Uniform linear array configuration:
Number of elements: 48
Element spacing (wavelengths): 0.75
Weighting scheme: binomial
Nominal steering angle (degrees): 60
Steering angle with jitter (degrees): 61.289
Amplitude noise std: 0.05
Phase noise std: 0.05

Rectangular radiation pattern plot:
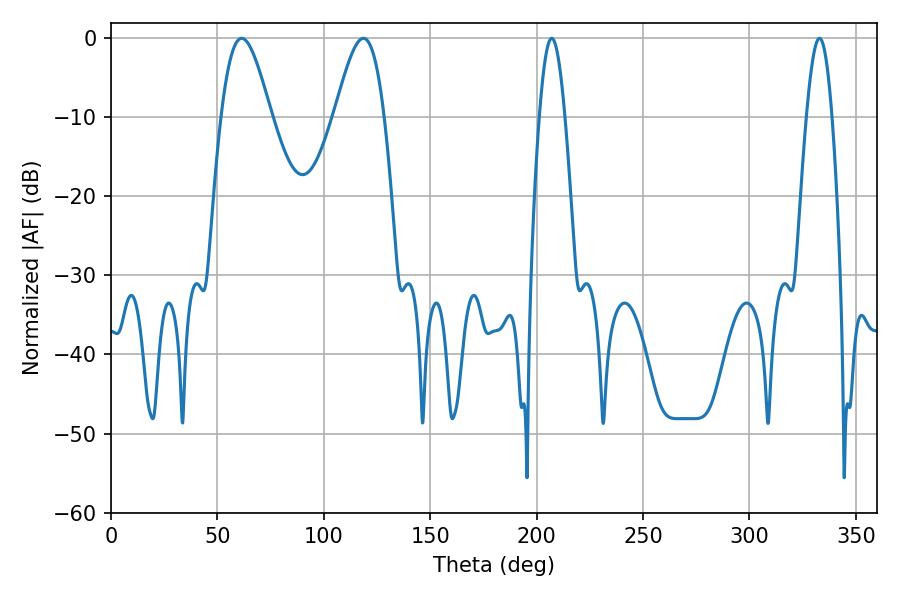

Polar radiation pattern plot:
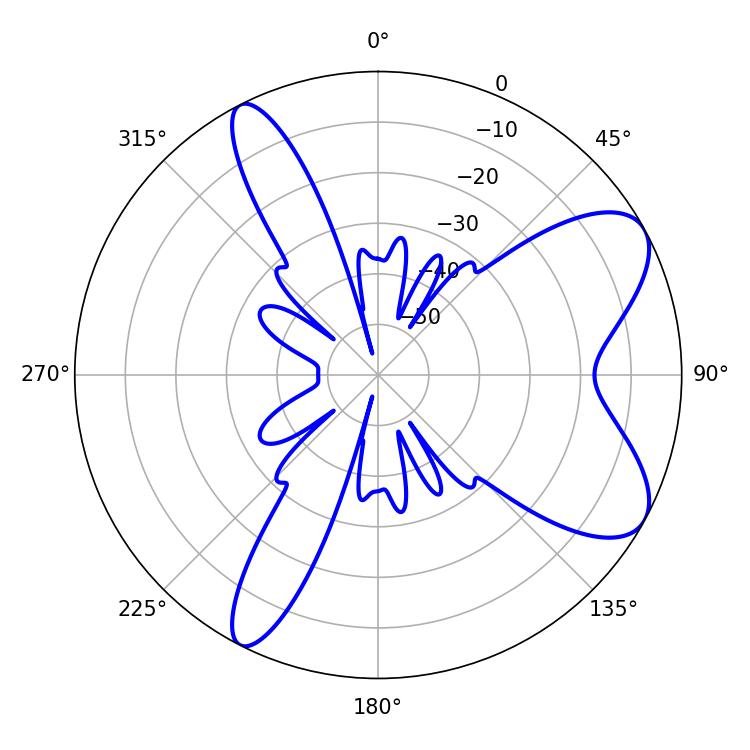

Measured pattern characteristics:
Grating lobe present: TRUE
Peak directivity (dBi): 7.942
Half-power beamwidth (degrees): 12.42
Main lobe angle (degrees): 61.38